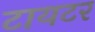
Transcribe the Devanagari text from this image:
टायटर